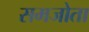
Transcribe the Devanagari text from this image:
समजोता